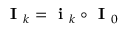
\textbf { I } _ { k } = \textbf { i } _ { k } \circ \textbf { I } _ { 0 }